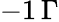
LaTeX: -1\, \Gamma